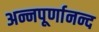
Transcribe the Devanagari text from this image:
अन्नपूर्णानन्द